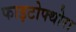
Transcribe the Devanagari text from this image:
फाइटोफ्थोरा